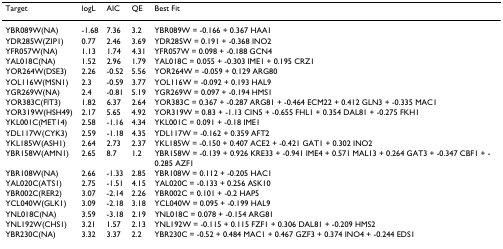
<table><thead><tr><td><b>Target</b></td><td><b>logL</b></td><td><b>AIC</b></td><td><b>QE</b></td><td><b>Best Fit</b></td></tr></thead><tbody><tr><td>YBR089W(NA)</td><td>-1.68</td><td>7.36</td><td>3.2</td><td>YBR089W = -0.166 + 0.367 HAA1</td></tr><tr><td>YDR285W(ZIP1)</td><td>0.77</td><td>2.46</td><td>3.69</td><td>YDR285W = 0.191 + -0.368 INO2</td></tr><tr><td>YFR057W(NA)</td><td>1.13</td><td>1.74</td><td>4.31</td><td>YFR057W = 0.098 + -0.188 GCN4</td></tr><tr><td>YAL018C(NA)</td><td>1.52</td><td>2.96</td><td>1.79</td><td>YAL018C = 0.055 + -0.303 IME1 + 0.195 CRZ1</td></tr><tr><td>YOR264W(DSE3)</td><td>2.26</td><td>-0.52</td><td>5.56</td><td>YOR264W = -0.059 + 0.129 ARG80</td></tr><tr><td>YOL116W(MSN1)</td><td>2.3</td><td>-0.59</td><td>3.77</td><td>YOL116W = -0.092 + 0.193 HAL9</td></tr><tr><td>YGR269W(NA)</td><td>2.4</td><td>-0.81</td><td>5.19</td><td>YGR269W = 0.097 + -0.194 HMS1</td></tr><tr><td>YOR383C(FIT3)</td><td>1.82</td><td>6.37</td><td>2.64</td><td>YOR383C = 0.367 + -0.287 ARG81 + -0.464 ECM22 + 0.412 GLN3 + -0.335 MAC1</td></tr><tr><td>YOR319W(HSH49)</td><td>2.17</td><td>5.65</td><td>4.92</td><td>YOR319W = 0.83 + -1.13 CIN5 + -0.655 FHL1 + 0.354 DAL81 + -0.275 FKH1</td></tr><tr><td>YKL001C(MET14)</td><td>2.58</td><td>-1.16</td><td>4.34</td><td>YKL001C = 0.091 + -0.18 IME1</td></tr><tr><td>YDL117W(CYK3)</td><td>2.59</td><td>-1.18</td><td>4.35</td><td>YDL117W = -0.162 + 0.359 AFT2</td></tr><tr><td>YKL185W(ASH1)</td><td>2.64</td><td>2.73</td><td>2.37</td><td>YKL185W = -0.150 + 0.407 ACE2 + -0.421 GAT1 + 0.302 INO2</td></tr><tr><td>YBR158W(AMN1)</td><td>2.65</td><td>8.7</td><td>1.2</td><td>YBR158W = -0.139 + 0.926 KRE33 + -0.941 IME4 + 0.571 MAL13 + 0.264 GAT3 + -0.347 CBF1 + -0.285 AZF1</td></tr><tr><td>YBR108W(NA)</td><td>2.66</td><td>-1.33</td><td>2.85</td><td>YBR108W = 0.112 + -0.205 HAC1</td></tr><tr><td>YAL020C(ATS1)</td><td>2.75</td><td>-1.51</td><td>4.15</td><td>YAL020C = -0.133 + 0.256 ASK10</td></tr><tr><td>YBR002C(RER2)</td><td>3.07</td><td>-2.14</td><td>2.26</td><td>YBR002C = 0.101 + -0.2 HAP5</td></tr><tr><td>YCL040W(GLK1)</td><td>3.09</td><td>-2.18</td><td>3.18</td><td>YCL040W = 0.095 + -0.199 HAL9</td></tr><tr><td>YNL018C(NA)</td><td>3.59</td><td>-3.18</td><td>2.19</td><td>YNL018C = 0.078 + -0.154 ARG81</td></tr><tr><td>YNL192W(CHS1)</td><td>3.21</td><td>1.57</td><td>2.13</td><td>YNL192W = -0.115 + 0.115 FZF1 + 0.306 DAL81 + -0.209 HMS2</td></tr><tr><td>YBR230C(NA)</td><td>3.32</td><td>3.37</td><td>2.2</td><td>YBR230C = -0.52 + 0.484 MAC1 + 0.467 GZF3 + 0.374 INO4 + -0.244 EDS1</td></tr></tbody></table>